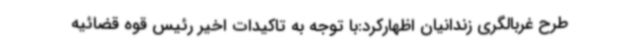
طرح غربالگری زندانیان اظهارکرد:با توجه به تاکیدات اخیر رئیس قوه قضائیه